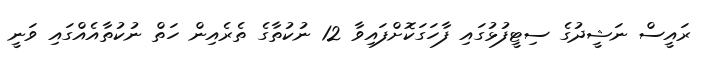
ރައީސް ނަޝީދުގެ ސިޓީފުޅުގައި ފާހަގަކޮށްފައިވާ 12 ނުކުތާގެ ތެރެއިން ހަތް ނުކުތާއެއްގައި ވަނީ